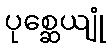
ပုစ္ဆေယျုံ